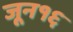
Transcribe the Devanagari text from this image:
जून१६